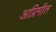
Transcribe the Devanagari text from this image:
अप्रिमीत